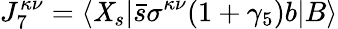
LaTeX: J_{7}^{\kappa\nu}=\langle\mathit{X}_{s}|\bar{{s}}\sigma^{\kappa\nu}(1+\gamma_{5})b|B\rangle